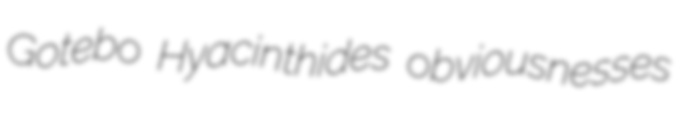
Gotebo Hyacinthides obviousnesses